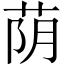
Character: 荫